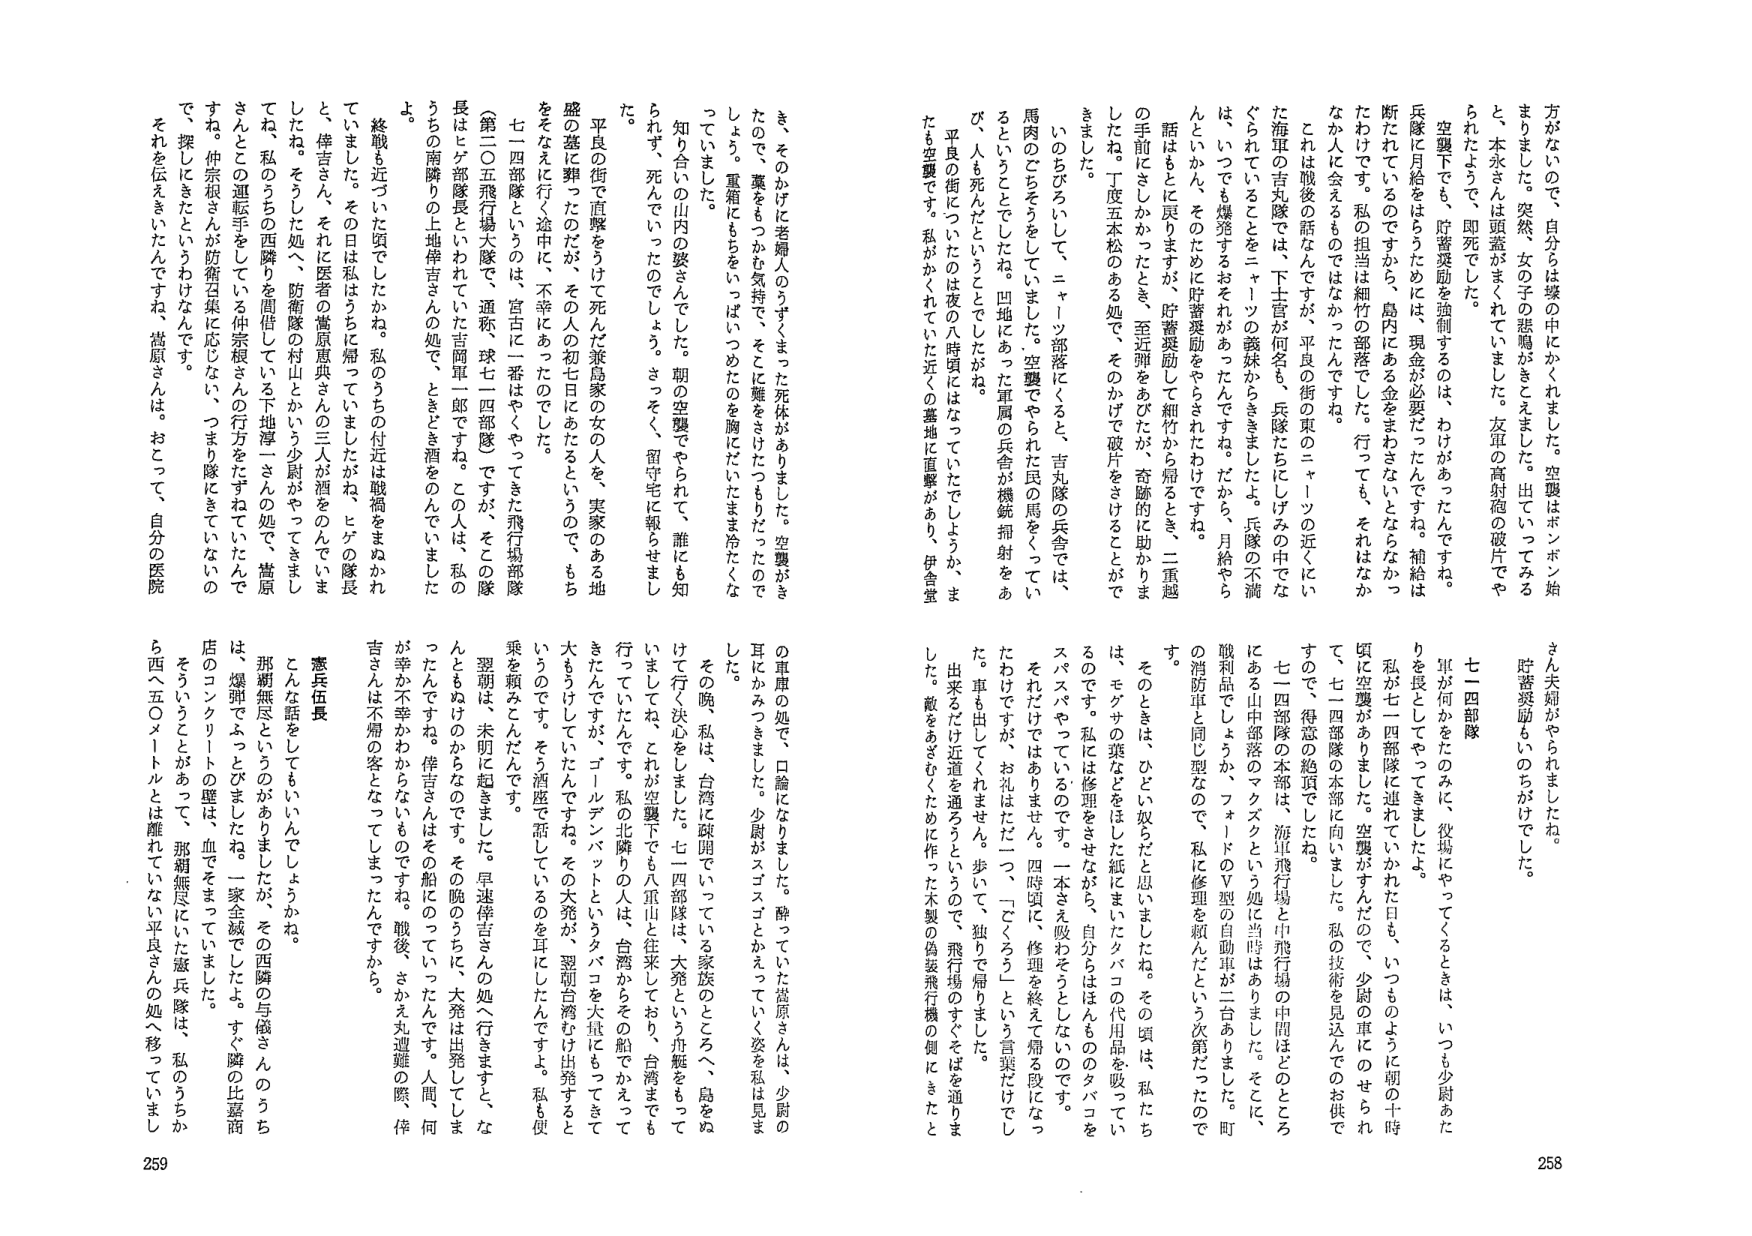
方がないので、自分らは壕の中にかくれました。空襲はポンポン始
まりました。突然、女の子の悲鳴がきこえました。出ていってみる
と、本水さんは頭蓋がまくれていました。友軍の高射砲の破片でや
られたようで、即死でした。
空襲下でも、貯蓄奨励を強制するのは、わけがあったんですね。
兵隊に月給をはらうためには、現金が必要だったんですね。補給は
断たれているのですから、島内にある金をまわさないとならなかっ
たわけです。私の担当は細竹の部隊でした。行っても、それはなか
なか人に会えるものではない、たんですね。
これは戦後の話なんですが、平民の街の東のニャーツの近くにい
た海軍の吉丸隊では、下士官が何名も、兵隊たちにしげみの中では
ぐられていることをニャーツの藪林からききました。兵隊の不満
は、いつでも爆発するおそれがあったんですね。だから、月給やら
んといかん、そのために貯蓄奨励をやらされたわけですな。
話はもとに戻りますが、貯蓄奨励して細竹から帰るとき、二重越
の手前にはしかかったとき、至近弾をあげたが、奇跡的に助かりま
したね。丁度五本松のある処で、そのかげで破片をさけることがで
きました。
いのちびろいして、ニャーツ部隊にくると、吉丸隊の兵舎では、
馬肉のこちそろをしていました。空襲でやられた民の馬をくってい
るということでしたね。凹地にあった軍属の兵舎が機銃掃射をあ
び、人も死んだということでしたね。
平民の街についたのは夜の八時頃にはなっていたでしょうか、ま
たも空襲です。私がかくれていた近くの基地に直撃があり、伊舎堂
き、そのかげに老婦人のうずくまった死体がありました。空襲がき
たので、藁をもつかむ気持で、そこに藁をさけたつもりだったので
しょう。重箱にもちをいっぱいつめたのを胸にだいたまま冷たくな
っています。
知り合いの山内の婆さんでした。朝の空襲でやられて、誰にも知
られず、死んでいったのでしょう。さっそく、留守宅に報らせまし
た。
平民の街で直撃をうけて死んだ兼島家の女人を、実家のある地
盛の墓に葬ったのだが、その人の初七日をあたるというので、もち
をそなえて行く途中に、不幸にあったのでした。
七一四部隊というのは、宮古に一番はやくやってきた飛行場部隊
（第二〇五飛行場大隊で、通称、球七一四部隊）ですが、そこの隊
長はヒゲ部隊長といわれていた吉岡軍一郎ですね。この人は、私の
うちの南隣りの上地伴吉さんの処で、ときどき酒をのんでいました
よ。
終戦も近づいた頃でしたかね。私のうちの付近は戦禍をまぬかれ
ていました。その日は私はうちに帰っていたしがね、ヒゲの隊長
と、伴吉さん、それに医者の嵩原恵典さんの三人が酒をのんでいま
したね。そうした処へ、防衛隊の村山とかいう少尉がやってきまし
てね、私のうちの西隣りを間借している下地淳一さんの処で、嵩原
さんとこの運転手をしている仲宗根さんの行方をたずねていたんで
すね。仲宗根さんが防衛召集に応じない、つまり隊にきていないの
で、探してきたというわけなんです。
それを伝えきたいんですすね、嵩原さんは。おとって、自分の医院
さん夫婦がやられましたね。
貯蓄奨励もいのちがけでした。
七一四部隊
軍が何かをたのみに、役場にやってくるときは、いつも少尉あた
りを長としてやってきましたよ。
私が七一四部隊に連れていかれた日も、いつものように朝の十時
頃に空襲がありました。空襲がすんだので、少尉の車にのせられ
て、七一四部隊の本部に向いました。私の技術を見込んでのお供で
すので、得意の絶頂でしたね。
七一四部隊の本部は、海軍飛行場と中飛行場の中間はとのところ
にある山中部落のマクスクという処に当時はありました。そこに、
戦利品でしょうか、フォードのＶ型の自動車が二台ありました。町
の消防車と同じ型なので、私に修理を頼んだという次第だったので
す。
そのときは、ひどい奴らだと思いましたね。その頃は、私たち
は、モグサの葉などをほした紙にまいたタバコの代用品を吸ってい
るのです。私には修理をさせながら、自分らはんものタバコを
スパスパやっているのです。一本さえ吸わそうとしないのです。
それだけではありません。四時頃に、修理を終えて帰る段になっ
たわけですが、お礼はただ一つ、「ごくろう」という言葉だけでし
た。車も出してくれません。歩いて、独りで帰りました。
出来るだけ近道を通ろうというので、飛行場のすぐそばを通りま
した。敵をあざむくために作った木製の偽装飛行機の側にきたと
の軍車の処で、口論になりました。酔っていた嵩原さんは、少尉の
耳にかみつきました。少尉がスゴスゴとかえっていく姿を私は見ま
した。
その晩、私は、台湾に疎開でいっている家族のところへ、島をぬ
けて行く決心をしました。七一四部隊は、大発という舟艇をもって
いましてね、これが空襲下でも八重山と往来しており、台湾までも
行っていたんです。私の北隣りの人は、台湾からその船でかえって
きたんですが、ゴールデンバットというタバコを大量にもってきて
大もうけしていたんですね。その大発が、翌朝台湾むけ出発すると
いうのです。その酒座で話しているのを耳にしたんですよ。私も便
乗を頼みこんだんです。
翌朝は、未明に起きました。早速伴吉さんの処へ行きますと、な
んともぬけのからなのです。その晩のうちに、大発は出発してしま
ったんですね。伴吉さんはその船にのっていったんです。人間、何
が幸か不幸かわからないものですね。戦後、さかえ丸遭難の際、伴
吉さんは不帰の客となってしまったんですから。
憲兵伍長
こんな話をしてもいいんでしょうかね。
那覇無尽というのがありましたか、その西隣の与儀さんのうち
は、爆弾でぶっとびましたね。一家全滅でしたよ。すぐ隣の比嘉商
店のコンクリートの壁は、血でそまっていました。
そういうことがあって、那覇無尽にいた憲兵隊は、私のうちか
ら西へ五〇メートルとは離れていない平民さんの処へ移っていまし
258
259